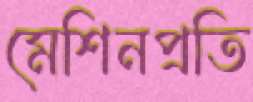
মেশিনপ্রতি